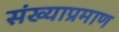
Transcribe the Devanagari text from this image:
संख्याप्रमाण